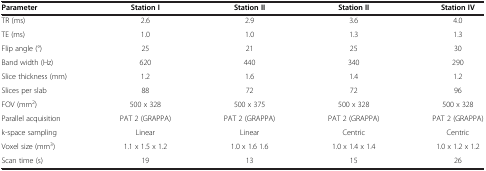
<table><thead><tr><td><b>Parameter</b></td><td><b>Station I</b></td><td><b>Station II</b></td><td><b>Station II</b></td><td><b>Station IV</b></td></tr></thead><tbody><tr><td>TR (ms)</td><td>2.6</td><td>2.9</td><td>3.6</td><td>4.0</td></tr><tr><td>TE (ms)</td><td>1.0</td><td>1.0</td><td>1.3</td><td>1.3</td></tr><tr><td>Flip angle (°)</td><td>25</td><td>21</td><td>25</td><td>30</td></tr><tr><td>Band width (Hz)</td><td>620</td><td>440</td><td>340</td><td>290</td></tr><tr><td>Slice thickness (mm)</td><td>1.2</td><td>1.6</td><td>1.4</td><td>1.2</td></tr><tr><td>Slices per slab</td><td>88</td><td>72</td><td>72</td><td>96</td></tr><tr><td>FOV (mm<sup>2</sup>)</td><td>500 x 328</td><td>500 x 375</td><td>500 x 328</td><td>500 x 328</td></tr><tr><td>Parallel acquisition</td><td>PAT 2 (GRAPPA)</td><td>PAT 2 (GRAPPA)</td><td>PAT 2 (GRAPPA)</td><td>PAT 2 (GRAPPA)</td></tr><tr><td>k-space sampling</td><td>Linear</td><td>Linear</td><td>Centric</td><td>Centric</td></tr><tr><td>Voxel size (mm<sup>3</sup>)</td><td>1.1 x 1.5 x 1.2</td><td>1.0 x 1.6 1.6</td><td>1.0 x 1.4 x 1.4</td><td>1.0 x 1.2 x 1.2</td></tr><tr><td>Scan time (s)</td><td>19</td><td>13</td><td>15</td><td>26</td></tr></tbody></table>